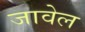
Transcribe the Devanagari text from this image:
जावेल